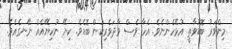
މިންވަރު ބޮޑުވާތީ އުޅޭހެންނެވެ. އެހާ ވެސް ވާދަވެރިކަން ބޮޑެވެ. ކިޔޭ ނުކިޔޭއެއް ނޭނގެއެވެ.